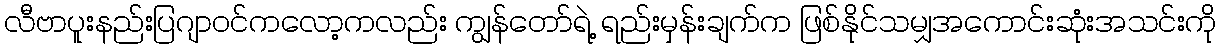
လီဗာပူးနည်းပြဂျာဝင်ကလော့ကလည်း ကျွန်တော်ရဲ့ ရည်းမှန်းချက်က ဖြစ်နိုင်သမျှအကောင်းဆုံးအသင်းကို